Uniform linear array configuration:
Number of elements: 4
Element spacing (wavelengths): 1
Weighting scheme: binomial
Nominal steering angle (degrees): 30
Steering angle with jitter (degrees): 30.435
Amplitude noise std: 0.05
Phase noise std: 0.05

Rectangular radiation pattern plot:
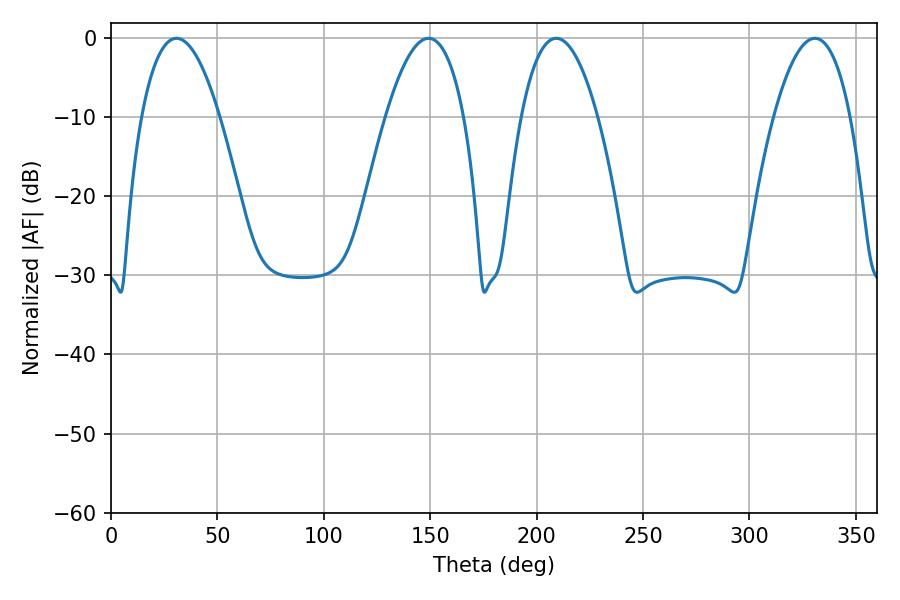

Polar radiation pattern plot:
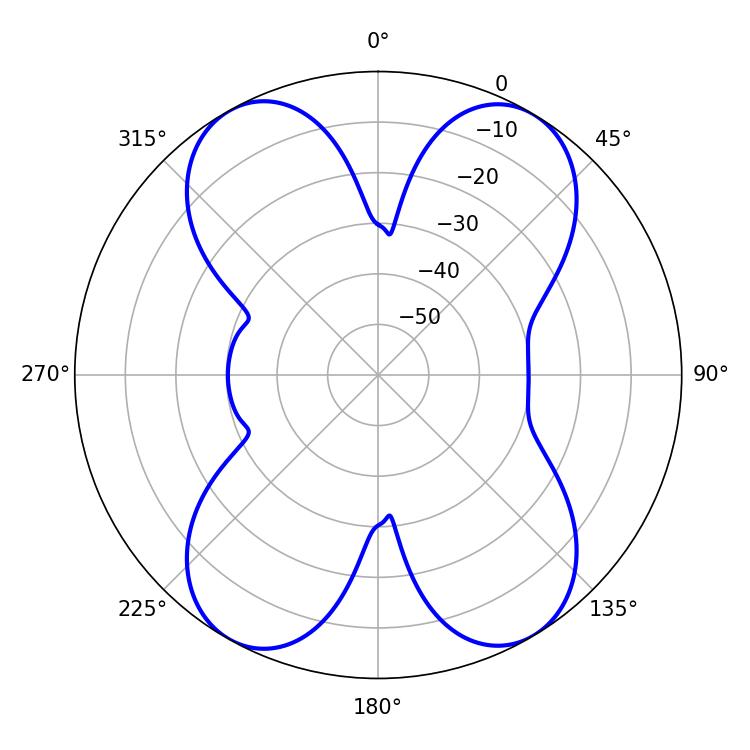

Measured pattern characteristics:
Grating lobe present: TRUE
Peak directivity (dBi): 18.385
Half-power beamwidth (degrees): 20.34
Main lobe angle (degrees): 30.78